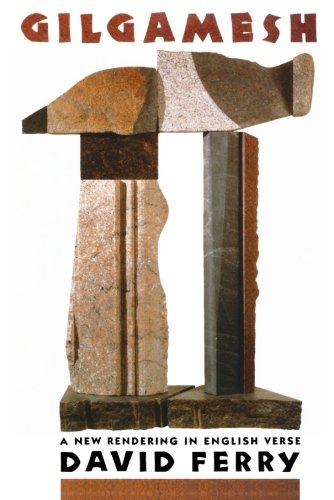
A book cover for Gilgamesh: A New Rendering in English Verse; Literature & Fiction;